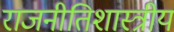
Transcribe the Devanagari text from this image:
राजनीतिशास्त्रीय